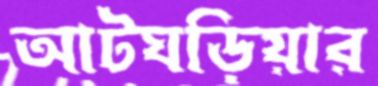
আটঘড়িয়ার